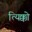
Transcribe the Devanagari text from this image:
त्यिक्को